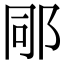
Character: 𨚯